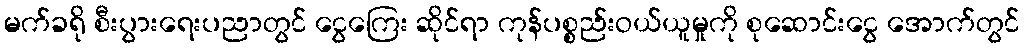
မက်ခရို စီးပွားရေးပညာတွင် ငွေကြေး ဆိုင်ရာ ကုန်ပစ္စည်းဝယ်ယူမှုကို စုဆောင်းငွေ အောက်တွင်